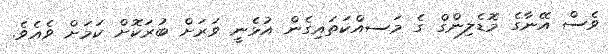
ވެސް އޭނާގެ މޮޑެލިންގް ގެ މަސއްކަތައިގެން އުޅެނީ ވަރަށް ބުރަކޮށް ކަމަށް ވެއެވެ.